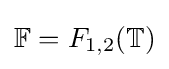
\mathbb {F} =F_{1,2}(\mathbb {T} )